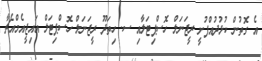
އެ ގޮތުން ކުޅުދުއްފުށީ ރީޖަނަލް ހޮސްޕިޓަލާއި ސ. ހިތަދޫ ރީޖަނަލް ހޮސްޕިޓަލް އައިޖީއެމްއެޗާ